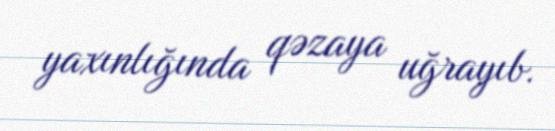
yaxınlığında qəzaya uğrayıb.